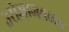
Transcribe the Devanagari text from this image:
उरोजाजवळच